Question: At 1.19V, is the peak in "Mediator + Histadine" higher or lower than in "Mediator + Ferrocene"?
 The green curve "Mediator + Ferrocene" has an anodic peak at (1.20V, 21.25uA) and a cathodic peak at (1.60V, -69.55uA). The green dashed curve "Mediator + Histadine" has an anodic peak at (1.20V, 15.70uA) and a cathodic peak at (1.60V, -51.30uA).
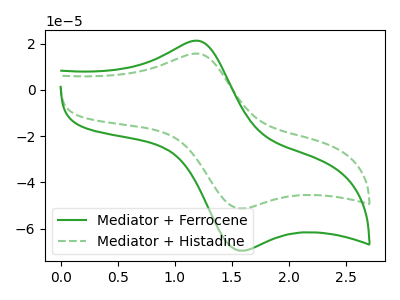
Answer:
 <answer>The peak at 1.19V is lower in "Mediator + Histadine" than in "Mediator + Ferrocene".</answer>
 <eval>lower</eval>